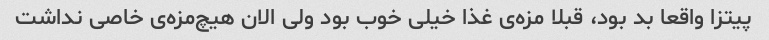
پیتزا واقعا بد بود، قبلا مزه‌ی غذا خیلی خوب بود ولی الان هیچ‌مزه‌ی خاصی نداشت